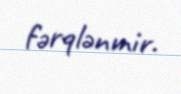
fərqlənmir.